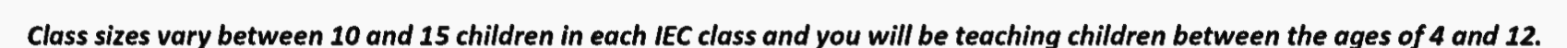
Class sizes vary between 10 and 15 children in each IEC class and you will be teaching children between the ages of 4 and 12.